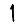
Digit: 1